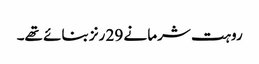
روہت شرما نے 29 رنز بنائے تھے۔